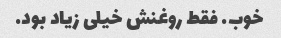
خوب. فقط روغنش خیلی زیاد بود.